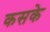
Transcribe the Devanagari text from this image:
कसके